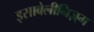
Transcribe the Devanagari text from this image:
इसाबेलीनिज़्म